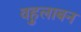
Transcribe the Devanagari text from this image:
वहुलाबन